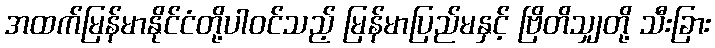
အထက်မြန်မာနိုင်ငံတို့ပါဝင်သည့် မြန်မာပြည်မနှင့် ဗြိတိသျှတို့ သီးခြား